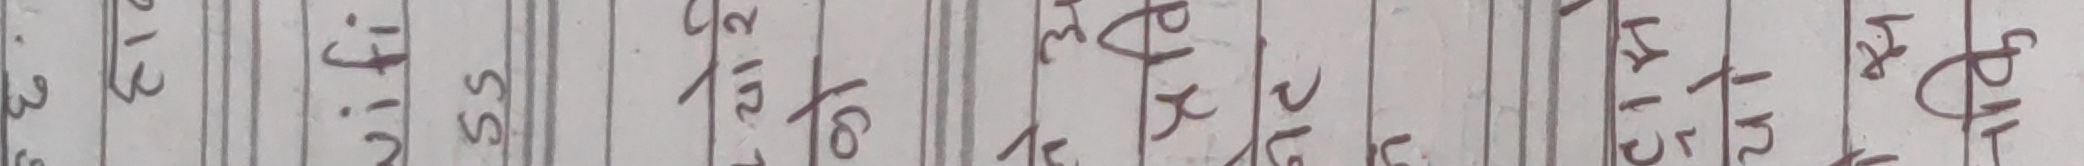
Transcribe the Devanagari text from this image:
३१ २१.१९ ५५ २/६/० लखे धि. चा. बा. टि